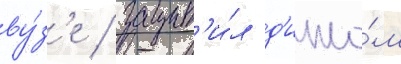
ву́з'е / защит'и́л д'ипло́м